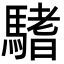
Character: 𩥂